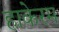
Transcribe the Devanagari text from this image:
हाकेरम